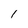
Character: 1